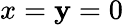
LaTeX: x=\mathbf{y}=0